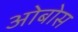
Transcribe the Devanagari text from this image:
ओबोस